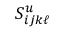
S _ { i j k \ell } ^ { u }